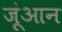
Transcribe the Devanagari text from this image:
जूंआन